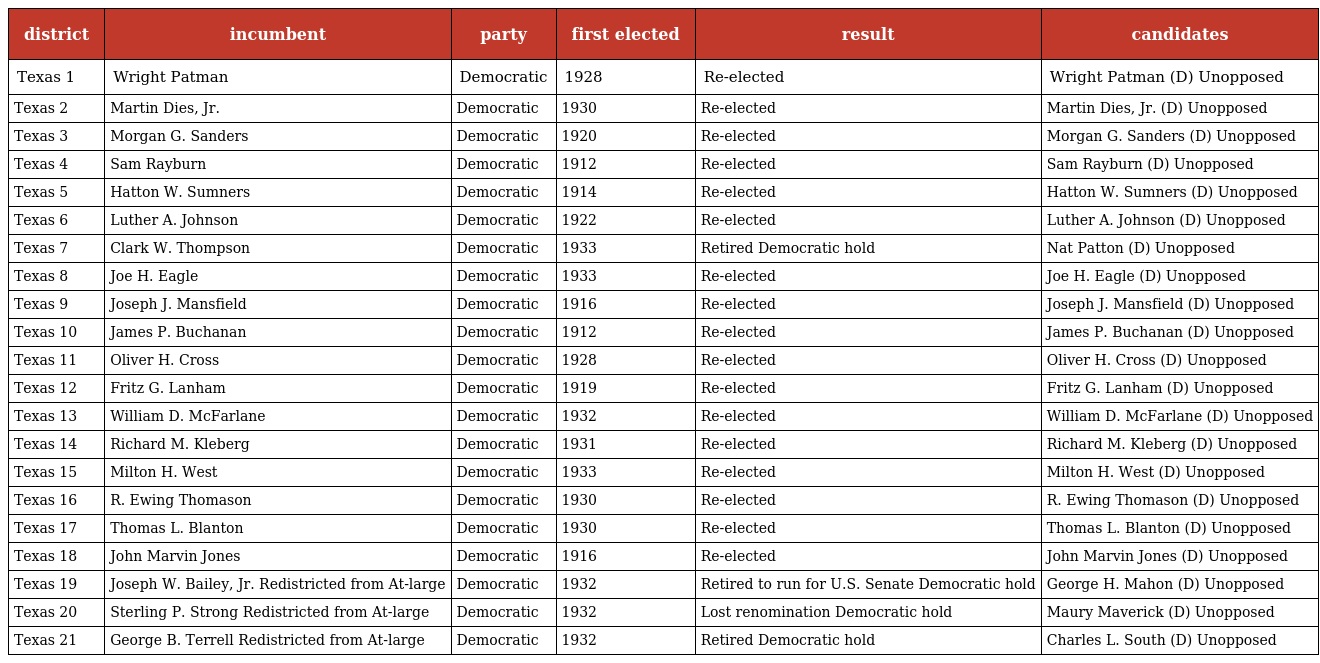
| district | incumbent | party | first elected | result | candidates |
 | --- | --- | --- | --- | --- | --- |
 | Texas 1 | Wright Patman | Democratic | 1928 | Re-elected | Wright Patman (D) Unopposed |
 | Texas 2 | Martin Dies, Jr. | Democratic | 1930 | Re-elected | Martin Dies, Jr. (D) Unopposed |
 | Texas 3 | Morgan G. Sanders | Democratic | 1920 | Re-elected | Morgan G. Sanders (D) Unopposed |
 | Texas 4 | Sam Rayburn | Democratic | 1912 | Re-elected | Sam Rayburn (D) Unopposed |
 | Texas 5 | Hatton W. Sumners | Democratic | 1914 | Re-elected | Hatton W. Sumners (D) Unopposed |
 | Texas 6 | Luther A. Johnson | Democratic | 1922 | Re-elected | Luther A. Johnson (D) Unopposed |
 | Texas 7 | Clark W. Thompson | Democratic | 1933 | Retired Democratic hold | Nat Patton (D) Unopposed |
 | Texas 8 | Joe H. Eagle | Democratic | 1933 | Re-elected | Joe H. Eagle (D) Unopposed |
 | Texas 9 | Joseph J. Mansfield | Democratic | 1916 | Re-elected | Joseph J. Mansfield (D) Unopposed |
 | Texas 10 | James P. Buchanan | Democratic | 1912 | Re-elected | James P. Buchanan (D) Unopposed |
 | Texas 11 | Oliver H. Cross | Democratic | 1928 | Re-elected | Oliver H. Cross (D) Unopposed |
 | Texas 12 | Fritz G. Lanham | Democratic | 1919 | Re-elected | Fritz G. Lanham (D) Unopposed |
 | Texas 13 | William D. McFarlane | Democratic | 1932 | Re-elected | William D. McFarlane (D) Unopposed |
 | Texas 14 | Richard M. Kleberg | Democratic | 1931 | Re-elected | Richard M. Kleberg (D) Unopposed |
 | Texas 15 | Milton H. West | Democratic | 1933 | Re-elected | Milton H. West (D) Unopposed |
 | Texas 16 | R. Ewing Thomason | Democratic | 1930 | Re-elected | R. Ewing Thomason (D) Unopposed |
 | Texas 17 | Thomas L. Blanton | Democratic | 1930 | Re-elected | Thomas L. Blanton (D) Unopposed |
 | Texas 18 | John Marvin Jones | Democratic | 1916 | Re-elected | John Marvin Jones (D) Unopposed |
 | Texas 19 | Joseph W. Bailey, Jr. Redistricted from At-large | Democratic | 1932 | Retired to run for U.S. Senate Democratic hold | George H. Mahon (D) Unopposed |
 | Texas 20 | Sterling P. Strong Redistricted from At-large | Democratic | 1932 | Lost renomination Democratic hold | Maury Maverick (D) Unopposed |
 | Texas 21 | George B. Terrell Redistricted from At-large | Democratic | 1932 | Retired Democratic hold | Charles L. South (D) Unopposed |